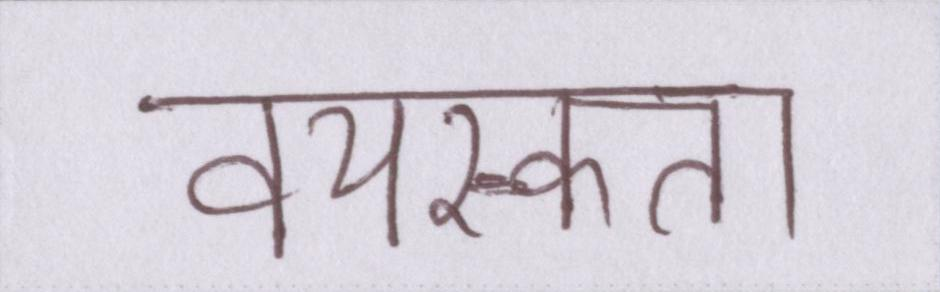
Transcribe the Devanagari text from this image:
वयस्कता